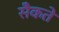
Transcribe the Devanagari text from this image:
सेँकते